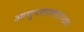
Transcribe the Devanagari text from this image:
आसुपालवसारख्या